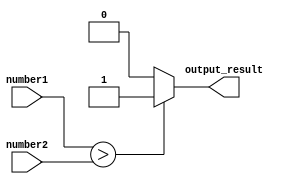
module magnitude_comparator (
    input [7:0] number1,
    input [7:0] number2,
    output reg output_result
);

always @(*) begin
    if (number1 > number2) begin
        output_result = 1;
    end else if (number1 < number2) begin
        output_result = 0;
    end else begin
        output_result = 0;
    end
end

endmodule